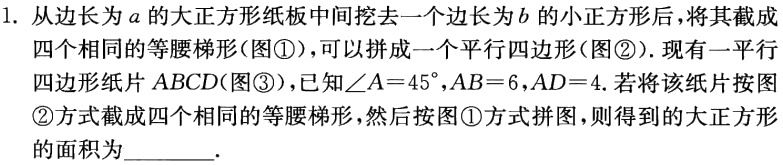
1. 从边长为\(a\)的大正方形纸板中间挖去一个边长为\(b\)的小正方形后，将其截成四个相同的等腰梯形（图\textcircled{1}），可以拼成一个平行四边形（图\textcircled{2}）. 现有一平行四边形纸片\(ABCD\)(图\textcircled{3})，已知\(\angle A = 45^{\circ}\)，\(AB = 6\)，\(AD = 4\). 若将该纸片按图\textcircled{2}方式截成四个相同的等腰梯形，然后按图\textcircled{1}方式拼图，则得到的大正方形的面积为________.